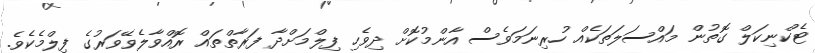
ޓެކްނިކަލް ގޮތުން މައްސަލަތަކެއް ހުރިނަމަވެސް އާންމުކޮށް ދިވެހި ފިލްމަށްދާ ފަރާތްތައް ރޮއްވާލެވޭވަރުގެ ފިލްމެކެވެ.